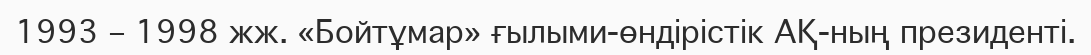
1993 – 1998 жж. «Бойтұмар» ғылыми-өндірістік АҚ-ның президенті.